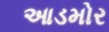
આડમોર